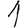
Digit: 1